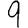
Digit: 9